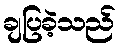
ချပြခဲ့သည်